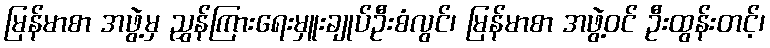
မြန်မာစာ အဖွဲ့မှ ညွှန်ကြားရေးမှူးချုပ်ဦးစံလွင်၊ မြန်မာစာ အဖွဲ့ဝင် ဦးထွန်းတင့်၊